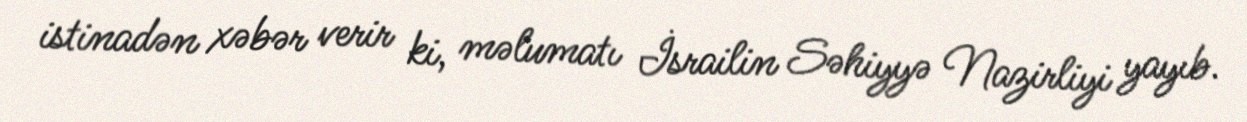
istinadən xəbər verir ki, məlumatı İsrailin Səhiyyə Nazirliyi yayıb.